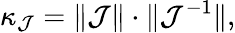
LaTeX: \kappa_{\mathcal{J}}=\| \mathcal{J}\| \cdot\| \mathcal{J}^{-1}\| ,